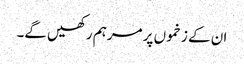
ان کے زخموں پر مرہم رکھیں گے۔